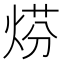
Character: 𤊈